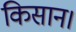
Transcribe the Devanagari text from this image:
किसान।